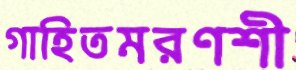
গাহিতমরণশী